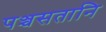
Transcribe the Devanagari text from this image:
पञ्चसतानि